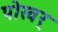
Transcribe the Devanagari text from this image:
पोखर्